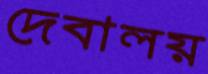
দেবালয়